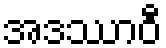
အဒဿာဝီ